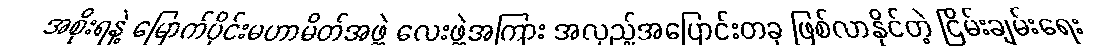
အစိုးရနဲ့ မြောက်ပိုင်းမဟာမိတ်အဖွဲ့ လေးဖွဲ့အကြား အလှည့်အပြောင်းတခု ဖြစ်လာနိုင်တဲ့ ငြိမ်းချမ်းရေး